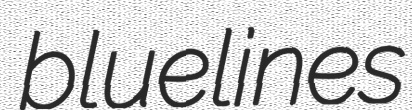
bluelines